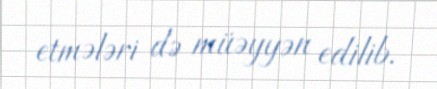
etmələri də müəyyən edilib.